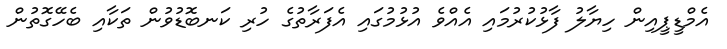
އެމްޑީޕީއިން ހިޔާލު ފާޅުކުރުމައި އެއްވެ އުޅުމުގައި އެފަރާތުގެ ހުރި ކަނބޮޑުވުން ތަކާއި ބެހޭގޮތުން